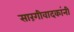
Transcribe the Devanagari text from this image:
सारंगीवादकांनी